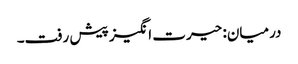
درمیان: حیرت انگیز پیش رفت۔